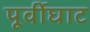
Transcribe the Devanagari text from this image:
पूर्वीघाट